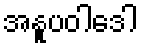
အနူပဝါဒေါ